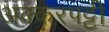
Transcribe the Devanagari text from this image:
अक्करपट्टी